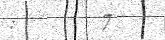
:      7